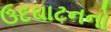
ઉદઘાટનનો